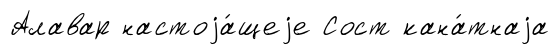
Алавар настоjа́щеjе Сост кана́тнаjа